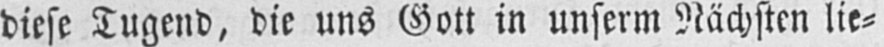
diese Tugend, die uns Gott in unserm Nächsten lie⸗